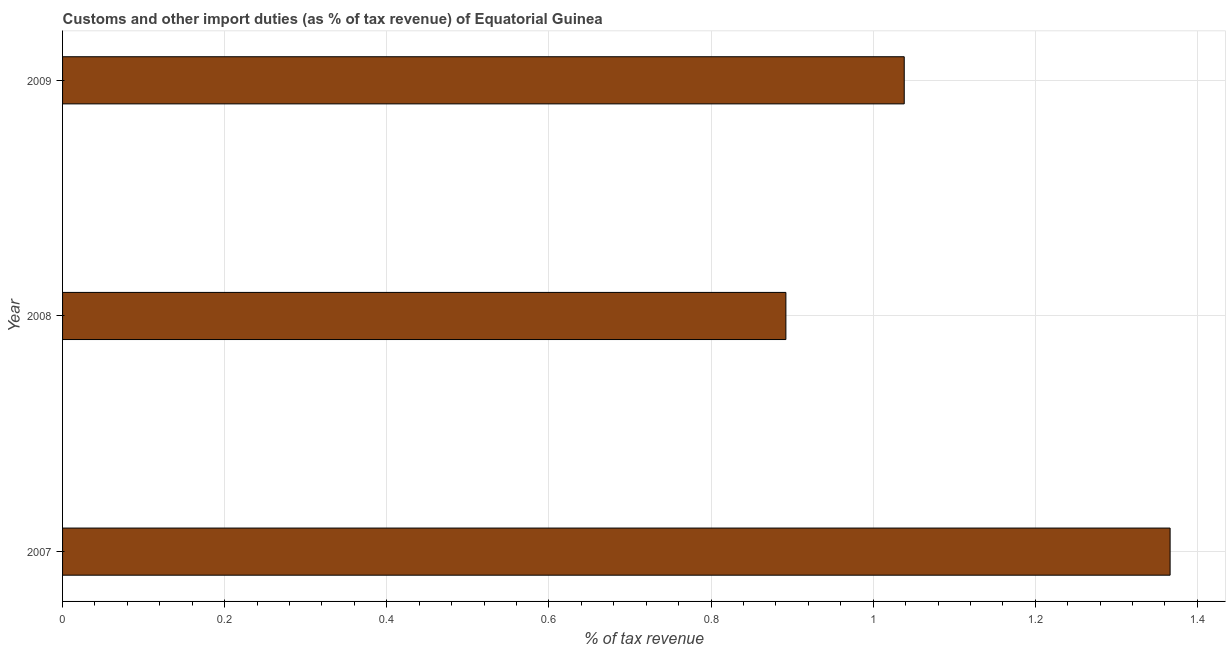
| Year | Customs and other import duties |
 | --- | --- |
 | 2007 | 1.37 |
 | 2008 | 0.892 |
 | 2009 | 1.04 |